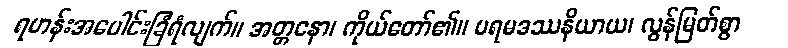
ရဟန်းအပေါင်းခြံရံလျက်။ အတ္တနော၊ ကိုယ်တော်၏။ ပရမဒဿနိယာယ၊ လွန်မြတ်စွာ